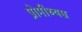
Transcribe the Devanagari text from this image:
प्रोमीथ्यस